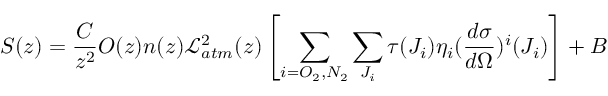
S ( z ) = \frac { C } { z ^ { 2 } } O ( z ) n ( z ) \mathcal { L } _ { a t m } ^ { 2 } ( z ) \left[ \sum _ { i = O _ { 2 } , N _ { 2 } } \sum _ { J _ { i } } \tau ( J _ { i } ) \eta _ { i } ( \frac { d \sigma } { d \Omega } ) ^ { i } ( J _ { i } ) \right] + B